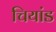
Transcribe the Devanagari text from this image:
चियांड